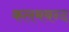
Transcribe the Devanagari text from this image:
कलमबन्द